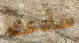
سأدعك